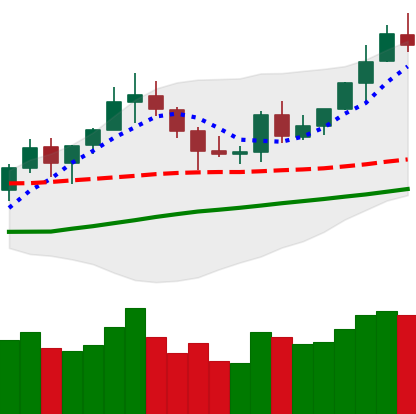
Ticker: BNB-USD
Chart end date: 2020-07-26
Forward return: 5.876%
Label: up_5_7